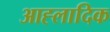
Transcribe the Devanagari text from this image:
आह्लादिक